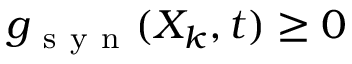
g _ { \mathrm { ~ s ~ y ~ n ~ } } ( X _ { k } , t ) \ge 0